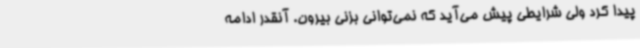
پیدا کرد ولی شرایطی پیش می‌آید که نمی‌توانی بزنی بیرون. آنقدر ادامه